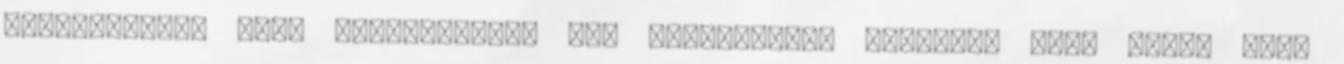
jellemzőkkel bíró abroncsokkal egy tankolással hosszabb utat tehet meg,